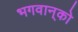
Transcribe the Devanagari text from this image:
भगवान्‌को